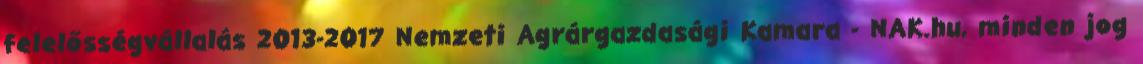
felelősségvállalás 2013-2017 Nemzeti Agrárgazdasági Kamara - NAK.hu, minden jog